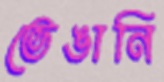
ভেঙানি